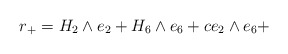
\begin{align*}r_{+}=H_{2}\wedge e_{2}+H_{6}\wedge e_{6}+ce_{2}\wedge e_{6}+\end{align*}